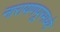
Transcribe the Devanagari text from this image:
नारायणपूरमध्ये